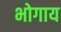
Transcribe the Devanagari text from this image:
भोगाय